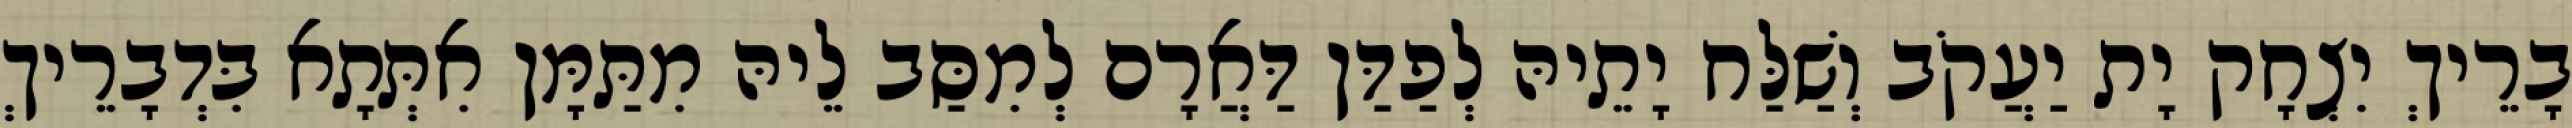
בָרֵיךְ יִצְחָק יָת יַעֲקֹב וְשַׁלַּח יָתֵיהּ לְפַדַּן דַּאֲרָם לְמִסַּב לֵיהּ מִתַּמָּן אִתְּתָא בִּדְבָרֵיךְ